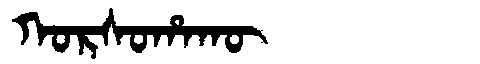
Manchu: ᡴᠣᡵᠰᠣᡥᠠᡴᡡ
Romanization: KORSOHAKŪ